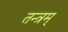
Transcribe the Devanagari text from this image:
तन्त्रम्